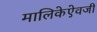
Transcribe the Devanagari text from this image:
मालिकेऐवजी